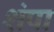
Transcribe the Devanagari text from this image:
शंपा